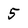
Character: 5